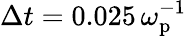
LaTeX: \Delta t=0.025\, \omega_{\mathrm{p}}^{-1}